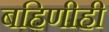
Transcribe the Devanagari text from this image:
बहिणीही